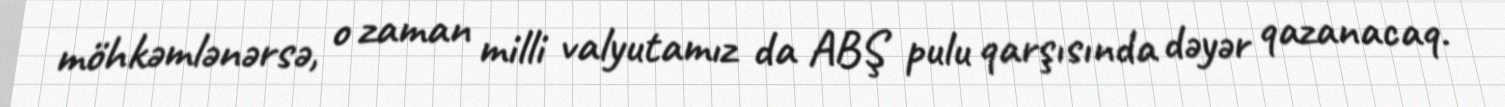
möhkəmlənərsə, o zaman milli valyutamız da ABŞ pulu qarşısında dəyər qazanacaq.